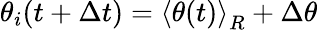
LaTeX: \theta_{i}(t+\Delta t)={\langle\theta(t)\rangle}_{R}+\Delta\theta